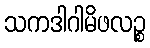
သကဒါဂါမိဖလဉ္စ